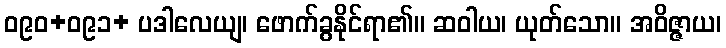
ဝ၉၀+ဝ၉၁+ ပဒါလေယျ၊ ဖောက်ခွနိုင်ရာ၏။ ဆဝါယ၊ ယုတ်သော။ အဝိဇ္ဇာယ၊